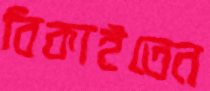
বিকাইতেন